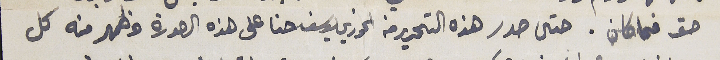
حق فما كان. حتى صدر هذه التحرير من الخوري يوسف حنا على هذه الصورة وظهر منه كل